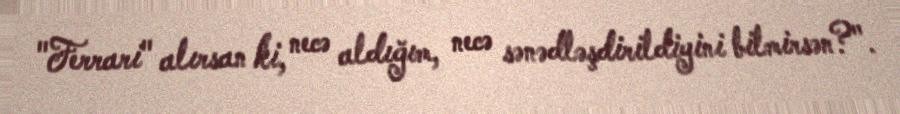
"Ferrari" alırsan ki, necə aldığım, necə sənədləşdirildiyini bilmirsən?".